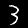
Label: 3